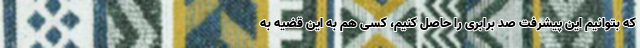
که بتوانیم این پیشرفت صد برابری را حاصل کنیم، کسی هم به این قضیه به